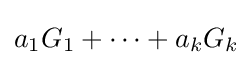
a_{1}G_{1}+\cdots +a_{k}G_{k}